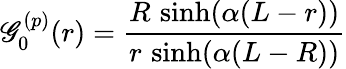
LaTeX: \mathscr{G}_{0}^{(p)}(r)=\frac{{R\, \sinh(\alpha(L-r))}}{{r\, \sinh(\alpha(L-R))}}